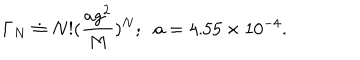
\Gamma _ { N } \doteq N ! ( \frac { a g ^ { 2 } } { M } ) ^ { N } ; \; \; a = 4 . 5 5 \times 1 0 ^ { - 4 } .